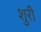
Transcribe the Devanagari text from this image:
शुरी